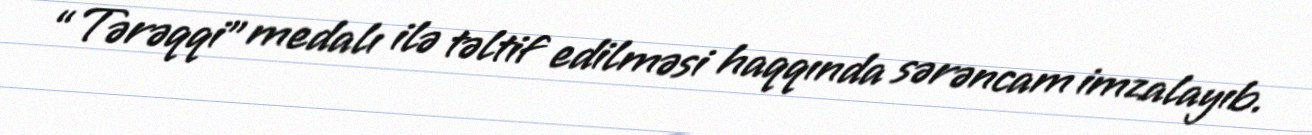
“Tərəqqi” medalı ilə təltif edilməsi haqqında sərəncam imzalayıb.